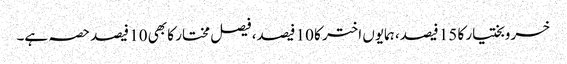
خسروبختیار کا 15 فیصد، ہمایوں اختر کا 10 فیصد، فیصل مختار کا بھی 10 فیصد حصہ ہے۔